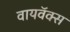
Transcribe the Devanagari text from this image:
वायवॅक्स